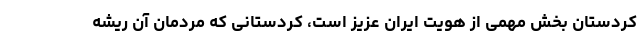
کردستان بخش مهمی از هویت ایران عزیز است، کردستانی که مردمان آن ریشه